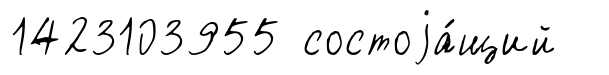
1423103955 состоjа́щий